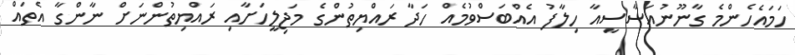
ހަމައެހެންމެ ގާނޫނުއަސާސީއާ ހިލާފު އެއްބަސްވުމެއް ހަދާ ރައްޔިތުންގެ މަޖިލީހަށާއި ރައްޔިތުންނަށް ނާންގާ އެތައް